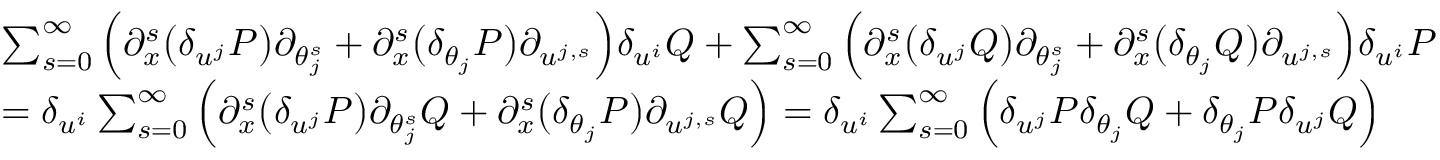
\begin{array} { r l } & { \sum _ { s = 0 } ^ { \infty } \Big ( { \partial } _ { x } ^ { s } \big ( \delta _ { u ^ { j } } P \big ) { \partial } _ { \theta _ { j } ^ { s } } + { \partial } _ { x } ^ { s } \big ( \delta _ { \theta _ { j } } P \big ) { \partial } _ { u ^ { j , s } } \Big ) \delta _ { u ^ { i } } Q + \sum _ { s = 0 } ^ { \infty } \Big ( { \partial } _ { x } ^ { s } \big ( \delta _ { u ^ { j } } Q \big ) { \partial } _ { \theta _ { j } ^ { s } } + { \partial } _ { x } ^ { s } \big ( \delta _ { \theta _ { j } } Q \big ) { \partial } _ { u ^ { j , s } } \Big ) \delta _ { u ^ { i } } P } \\ & { = \delta _ { u ^ { i } } \sum _ { s = 0 } ^ { \infty } \Big ( { \partial } _ { x } ^ { s } \big ( \delta _ { u ^ { j } } P \big ) { \partial } _ { \theta _ { j } ^ { s } } Q + { \partial } _ { x } ^ { s } \big ( \delta _ { \theta _ { j } } P \big ) { \partial } _ { u ^ { j , s } } Q \Big ) = \delta _ { u ^ { i } } \sum _ { s = 0 } ^ { \infty } \Big ( \delta _ { u ^ { j } } P \delta _ { \theta _ { j } } Q + \delta _ { \theta _ { j } } P \delta _ { u ^ { j } } Q \Big ) } \end{array}